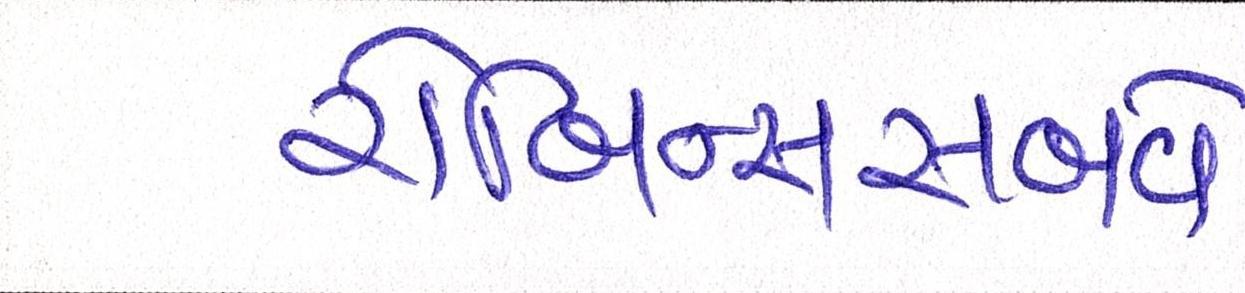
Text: રોબિન્સસબવે